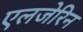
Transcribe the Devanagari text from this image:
एलजेरिन